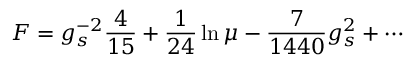
F = g _ { s } ^ { - 2 } { \frac { 4 } { 1 5 } } + { \frac { 1 } { 2 4 } } \ln \mu - { \frac { 7 } { 1 4 4 0 } } { g _ { s } ^ { 2 } } + \cdots